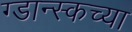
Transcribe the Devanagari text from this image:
ग्डान्स्कच्या